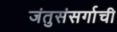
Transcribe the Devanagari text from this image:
जंतुसंसर्गाची